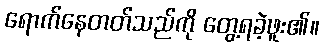
ရောက်နေတတ်သည်ကို တွေ့ရခဲ့ဖူး၏။